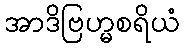
အာဒိဗြဟ္မစရိယံ